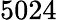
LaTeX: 5024